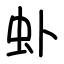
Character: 虲